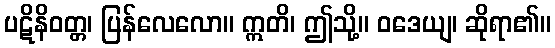
ပဋိနိဝတ္တ၊ ပြန်လေလော။ ဣတိ၊ ဤသို့။ ဝဒေယျ၊ ဆိုရာ၏။